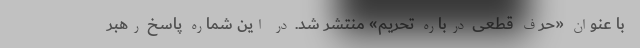
با عنوان «حرف قطعی درباره تحریم» منتشر شد. در این شماره پاسخ رهبر